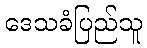
ဒေသခံပြည်သူ